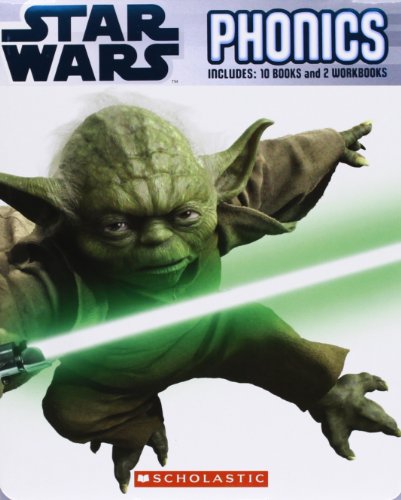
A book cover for Star Wars: Phonics Boxed Set; Quinlan B. Lee; Children's Books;